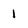
Character: 1